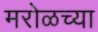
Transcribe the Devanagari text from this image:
मरोळच्या